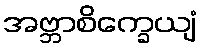
အဗ္ဘာစိက္ခေယျံ